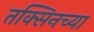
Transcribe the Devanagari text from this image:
तक्सिनच्या